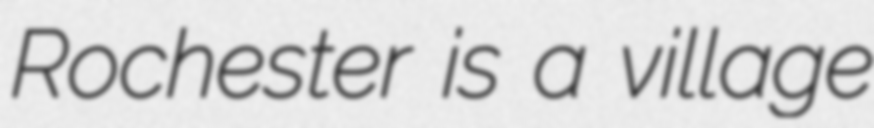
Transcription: Rochester is a village